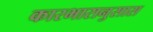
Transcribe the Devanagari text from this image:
कारभारानुसास